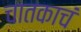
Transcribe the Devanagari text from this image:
चातकाचं